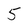
Character: 5